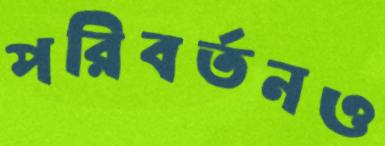
পরিবর্তনও